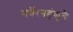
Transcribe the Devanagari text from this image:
सर्वैरनहंकृतैः